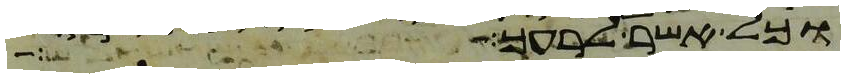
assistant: וכל אשר לרעך